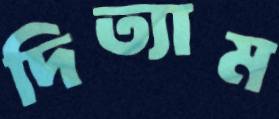
দিত্যাম